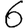
Digit: 6